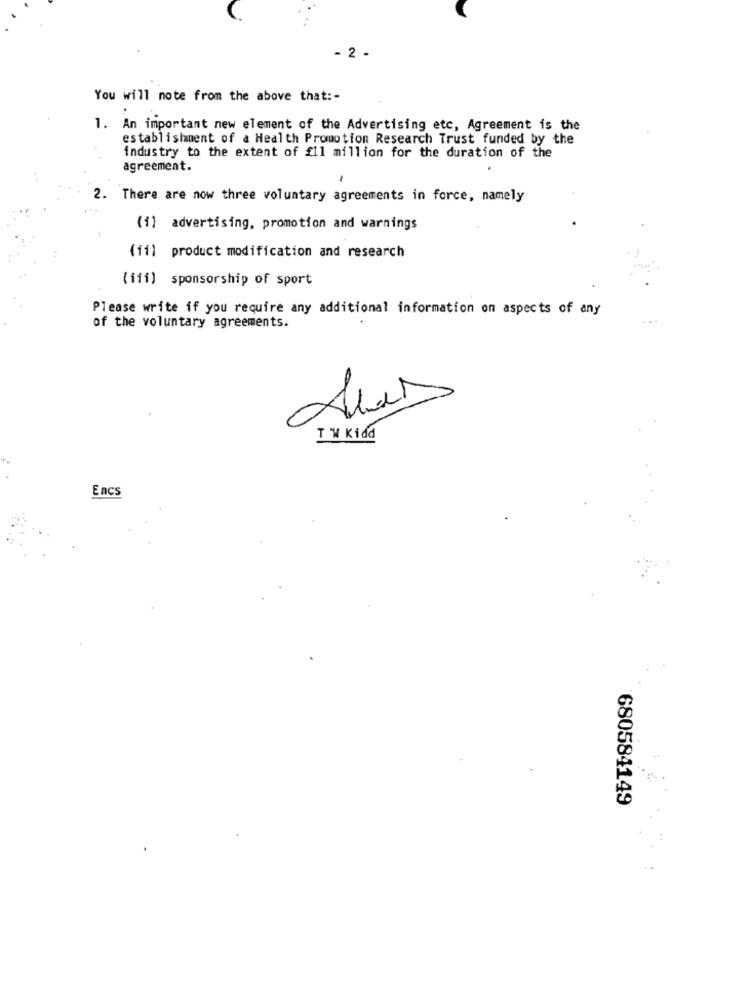
2 -
You will note from the above that :-
1. An important new element of the Advertising etc, Agreement is the
establishment of a Health Promotion Research Trust funded by the
industry to the extent of fl1 million for the duration of the
agreement.
2. There are now three voluntary agreements in force, namely
(1) advertising, promotion and warnings
(fi) product modification and research
( ffi) sponsorship of sport
Please write if you require any additional information on aspects of any
...
of the voluntary agreements.
T 'W Kidd
Encs
680584149